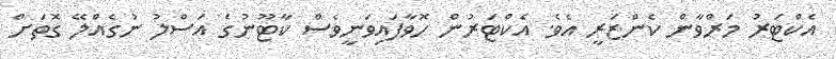
އެކްޓަރު މަރްވާން ކެންޒަރީ އެވެ. އެކްޓަރުން ހޮވާފައިވަނީވެސް ކާޓޫނުގެ އަސްލު ނުގެއްލޭ ގޮތަށް